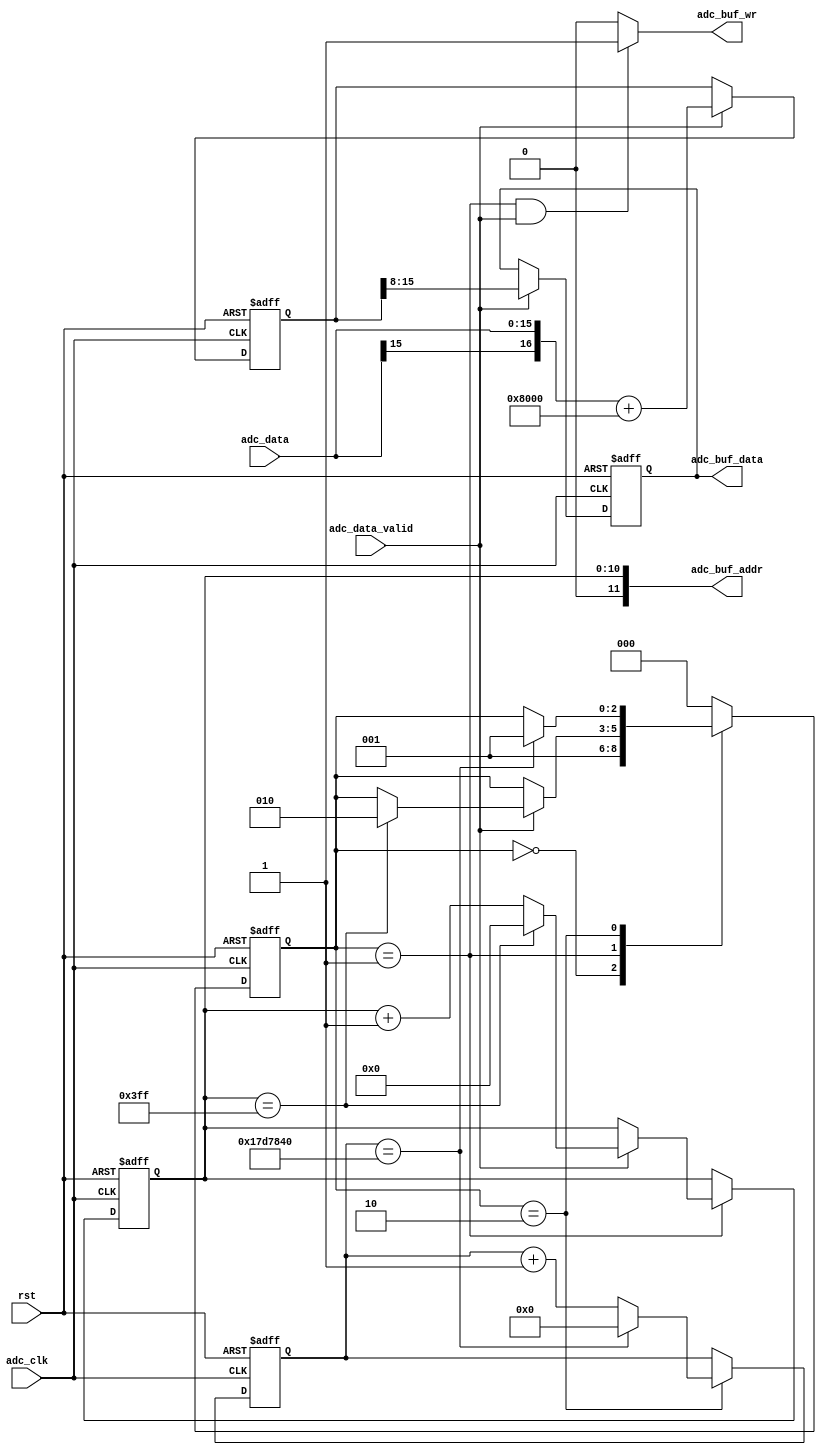
//////////////////////////////////////////////////////////////////////////////////
//                                                                              //
//                                                                              //
//          msq@qq.com                                                          //
//          ALINX(shanghai) Technology Co.,Ltd                                  //
//          heijin                                                              //
//     WEB: http://www.alinx.cn/                                                //
//     BBS: http://www.heijin.org/                                              //
//                                                                              //
//////////////////////////////////////////////////////////////////////////////////
//                                                                              //
// Copyright (c) 2017,ALINX(shanghai) Technology Co.,Ltd                        //
//                    All rights reserved                                       //
//                                                                              //
// This source file may be used and distributed without restriction provided    //
// that this copyright statement is not removed from the file and that any      //
// derivative work contains the original copyright notice and the associated    //
// disclaimer.                                                                  //
//                                                                              //
//////////////////////////////////////////////////////////////////////////////////

//================================================================================
//  Revision History:
//  Date          By            Revision    Change Description
//--------------------------------------------------------------------------------
//2017/8/28                   1.0          Original
//*******************************************************************************/
module ad7606_sample(
	input                       adc_clk,
	input                       rst,
	input[15:0]                 adc_data,
	input                       adc_data_valid,
	output                      adc_buf_wr,
	output[11:0]                adc_buf_addr,
	output[7:0]                 adc_buf_data
);

//`define TRIGGER

localparam       S_IDLE    = 0;
localparam       S_SAMPLE  = 1;
localparam       S_WAIT    = 2;

reg signed[16:0] adc_data_offset;
reg[7:0] adc_data_narrow;
reg[7:0] adc_data_narrow_d0;
reg[10:0] sample_cnt;
reg[31:0] wait_cnt;
reg[2:0] state;
assign adc_buf_addr = sample_cnt;
assign adc_buf_data = adc_data_narrow;
assign adc_buf_wr = (state == S_SAMPLE && adc_data_valid == 1'b1) ? 1'b1 : 1'b0;//ram write data enable
always@(posedge adc_clk or posedge rst)
begin
	if(rst == 1'b1)
		adc_data_offset <= 13'd0;
	else if(adc_data_valid == 1'b1)
		adc_data_offset <= {adc_data[15],adc_data} + 17'd32768;
end

always@(posedge adc_clk or posedge rst)
begin
	if(rst == 1'b1)
		adc_data_narrow <= 8'd0;
	else if(adc_data_valid == 1'b1)
		adc_data_narrow <= adc_data_offset[15:8];
end

always@(posedge adc_clk or posedge rst)
begin
	if(rst == 1'b1)
		adc_data_narrow_d0 <= 8'd0;
	else if(adc_data_valid == 1'b1)
		adc_data_narrow_d0 <= adc_data_narrow;
end
always@(posedge adc_clk or posedge rst)
begin
	if(rst == 1'b1)
	begin
		state <= S_IDLE;
		wait_cnt <= 32'd0;
		sample_cnt <= 11'd0;
	end
	else
		case(state)
			S_IDLE:
			begin
				state <= S_SAMPLE;
			end
			S_SAMPLE:
			begin
				if(adc_data_valid == 1'b1)
				begin
					if(sample_cnt == 11'd1023)
					begin
						sample_cnt <= 11'd0;
						state <= S_WAIT;
					end
					else
					begin
						sample_cnt <= sample_cnt + 11'd1;
					end
				end
			end		
			S_WAIT:
			begin
`ifdef  TRIGGER				
				if(adc_data_valid == 1'b1 && adc_data_narrow_d0 < 8'd127 && adc_data_narrow >= 8'd127)
					state <= S_SAMPLE;
`else
				if(wait_cnt == 32'd25_000_000)
				begin
					state <= S_SAMPLE;
					wait_cnt <= 32'd0;
				end
				else
				begin
					wait_cnt <= wait_cnt + 32'd1;
				end
`endif					
			end	
			default:
				state <= S_IDLE;
		endcase
end

endmodule